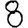
Digit: 8